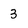
Character: 3